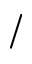
/